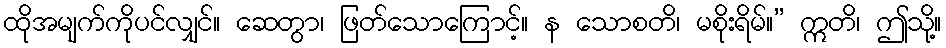
ထိုအမျက်ကိုပင်လျှင်။ ဆေတွာ၊ ဖြတ်သောကြောင့်။ န သောစတိ၊ မစိုးရိမ်။” ဣတိ၊ ဤသို့။